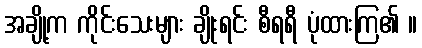
အချို့က ကိုင်းသေးများ ချိုးရင်း စီရရီ ပုံထားကြ၏ ။